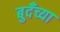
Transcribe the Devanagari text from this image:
बुदँच्या